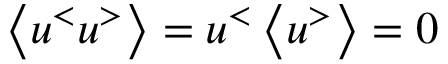
\left\langle u ^ { < } u ^ { > } \right\rangle = u ^ { < } \left\langle u ^ { > } \right\rangle = 0